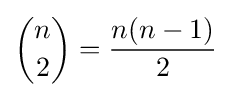
{n \choose 2}={n(n-1) \over 2}